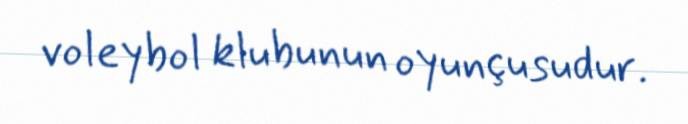
voleybol klubunun oyunçusudur.